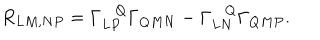
R _ { L M , N P } = \Gamma _ { L P } ^ { Q } \Gamma _ { Q M N } - \Gamma _ { L N } ^ { Q } \Gamma _ { Q M P } .